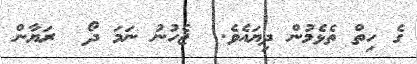
ގެ ހިތް ތެޅެމުން ދިޔައެވެ.  ޖެހުނު ނަމަ ދޯ  ރަޔާން